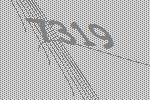
7319